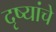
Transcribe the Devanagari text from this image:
दृष्यांचे